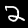
Label: 2